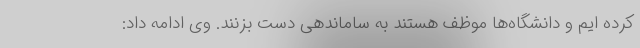
کرده ایم و دانشگاه‌ها موظف هستند به ساماندهی دست بزنند. وی ادامه داد: